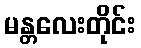
မန္တလေးတိုင်း